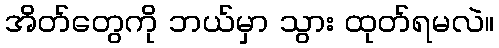
အိတ်တွေကို ဘယ်မှာ သွား ထုတ်ရမလဲ။